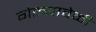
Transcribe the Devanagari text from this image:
गेल्यावेळीं